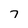
Character: 7